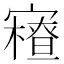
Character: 𡫝